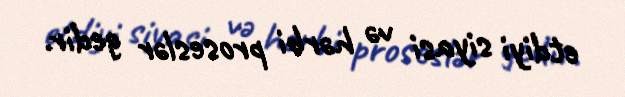
etdiyi siyasi və hərbi proseslər gedir.